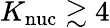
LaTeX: K_{\mathrm{nuc}}\gtrsim 4